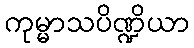
ကုမ္မာသပိဏ္ဍိယာ